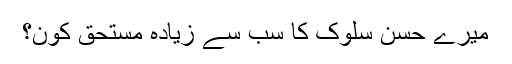
میرے حسنِ سلوک کا سب سے زیادہ مستحق کون؟